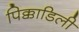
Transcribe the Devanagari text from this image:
पिक्काडिली